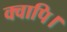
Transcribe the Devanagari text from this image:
क्वापि।